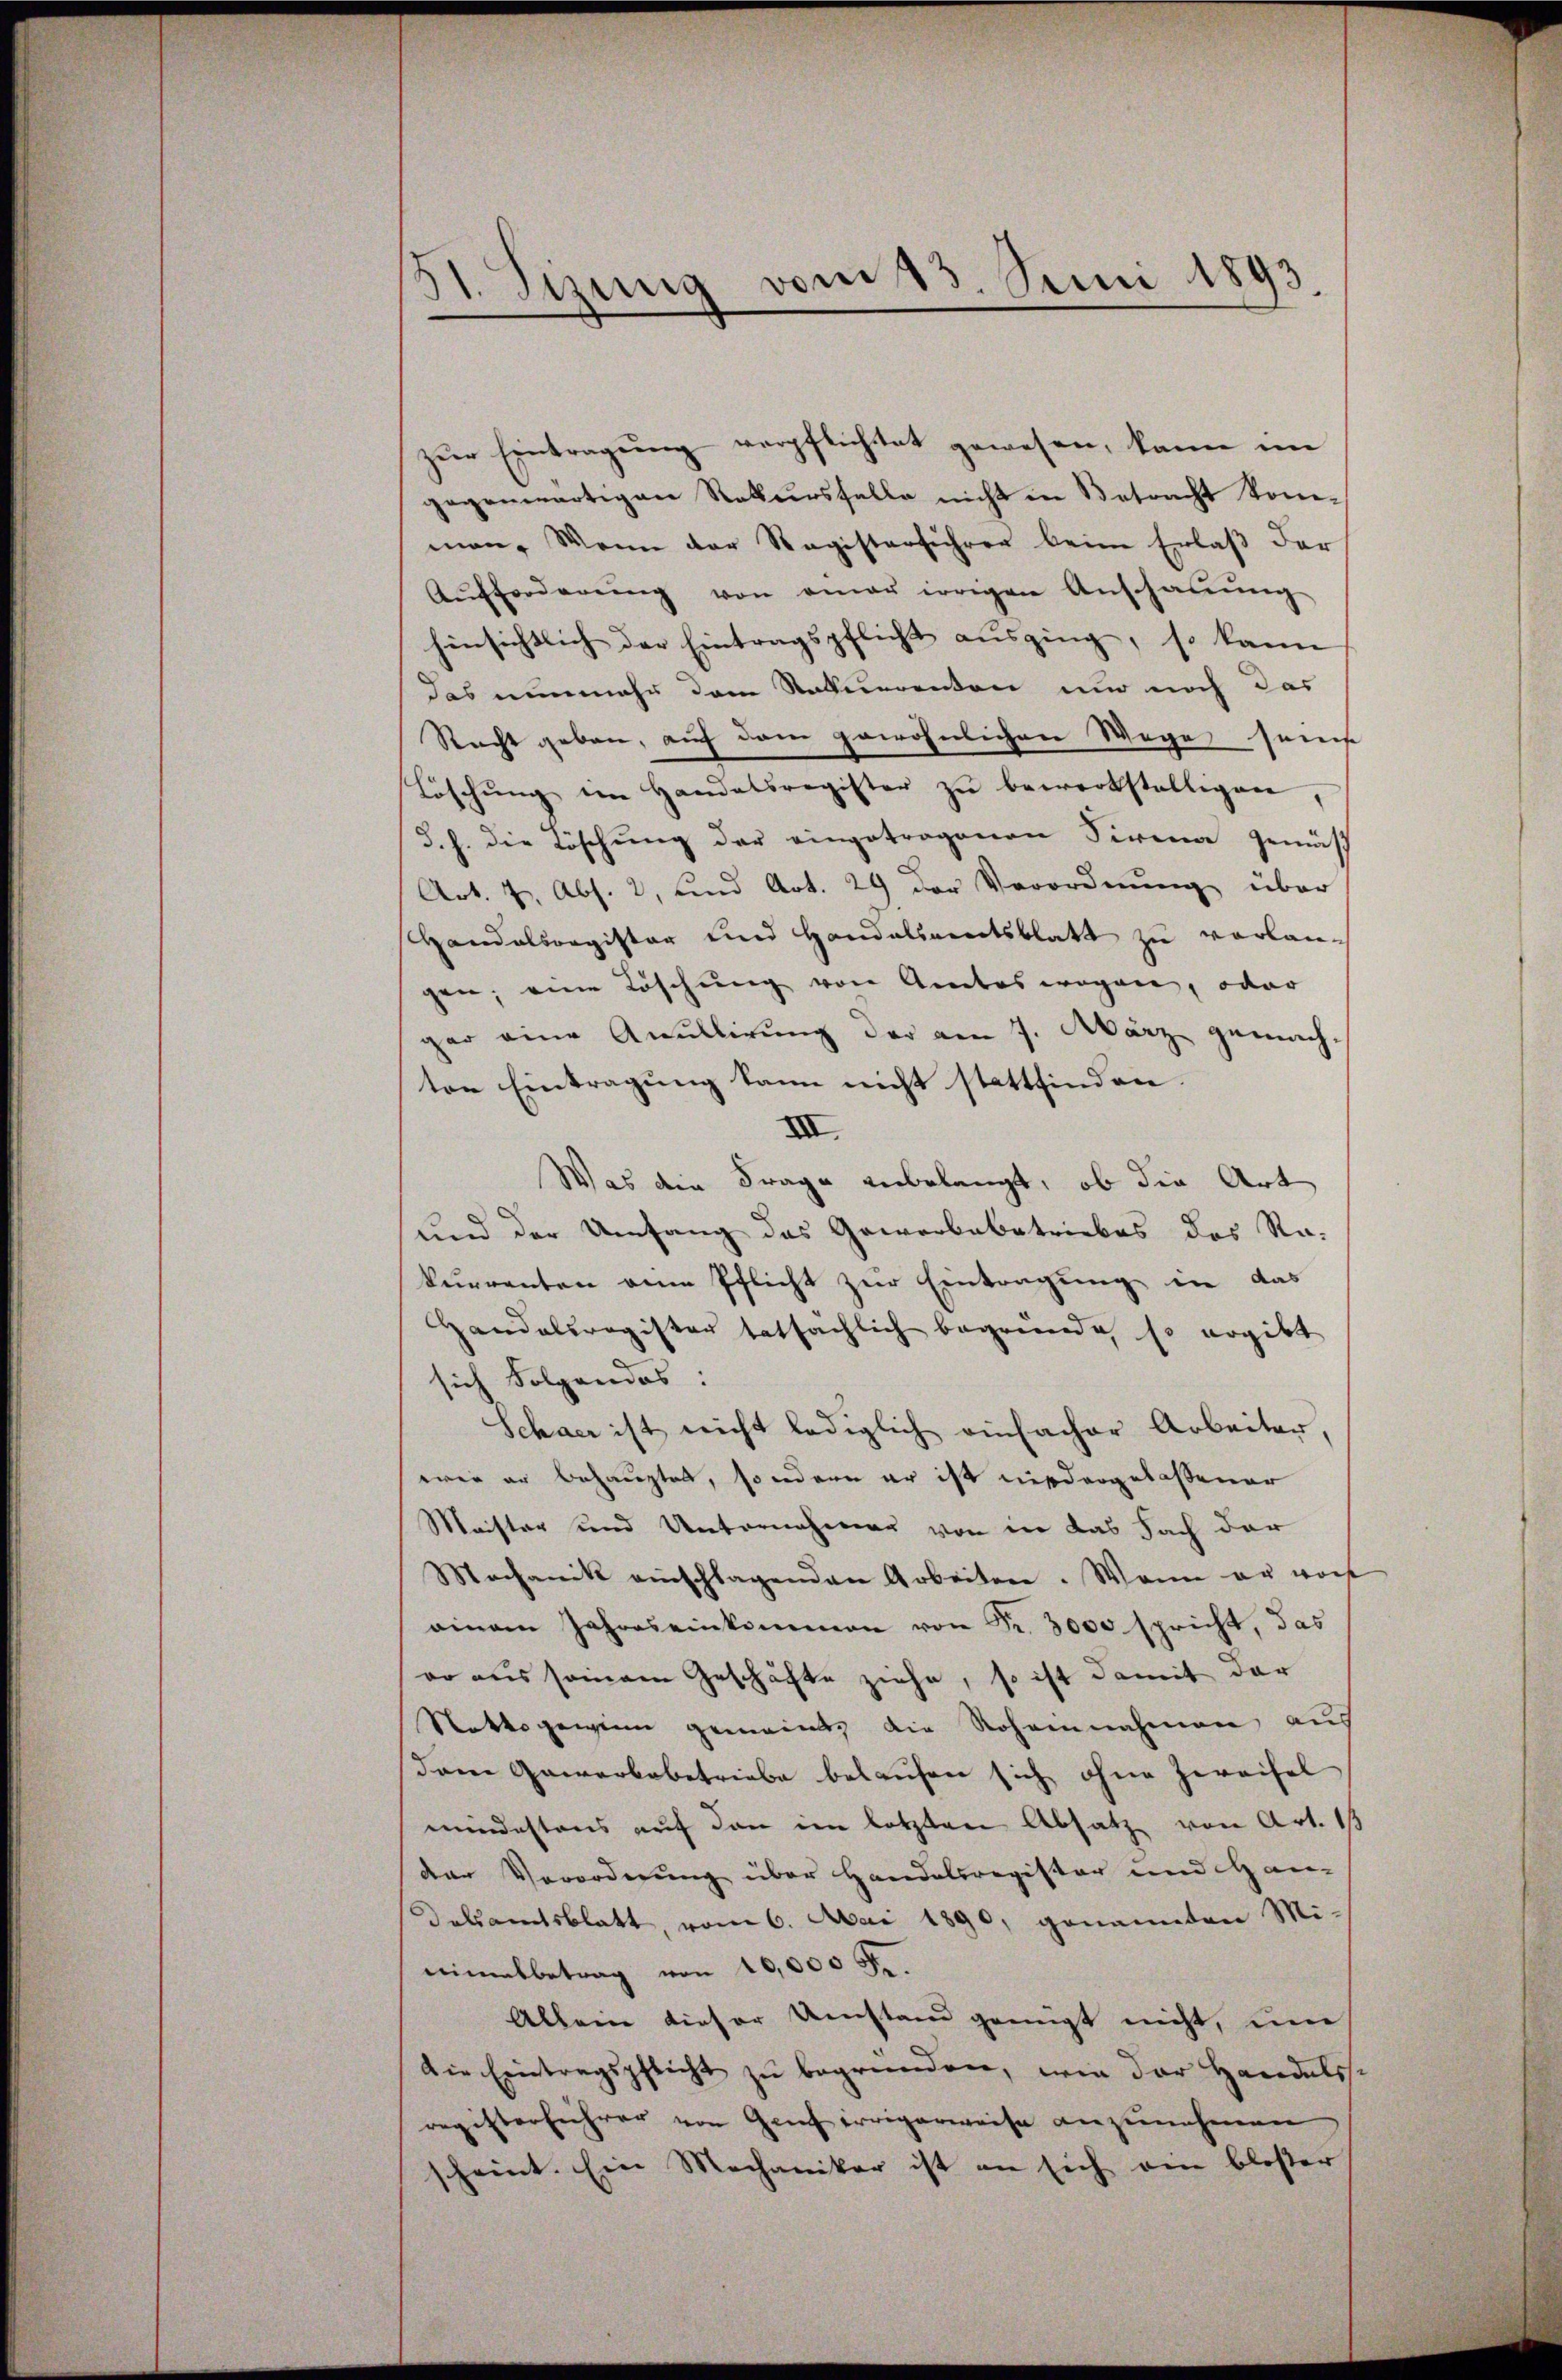
51. Sizung vom 23. Juni 1893.

zur Eintragung verpflichtet gewesen, kann im
gegenwärtigen Rekursfalle nicht in Betracht kon-
man. Wenn der Registerführer beim Erlaβ der
Aufforderŭng von einer irrigen Anschaŭŭng
hinsichtlich der Eintragspflicht ausging, so kann
das nunmehr dem Staturrenten nur noch das
Recht geben, auf dem gewöhnlichen Wege sein
Löschŭng im Handatsregister zŭ bewerkstelligen,
d. h. die Löschung der eingetragenen Firma gemäs
Art. 7, Abs. 2, und Art. 29 der Verordnung über
Handelsregister und Handelsamtsblatt zu verlangen; eine Löschung von Amtes wegen, oder
gar eine Anullirung der am 7. März gemach-
ten Eintragung kann nicht stattfinden
XII.
Was die Frage anbelangt, ob die Art
und der Umfang das Gewerbebetriebes des Rakurrenten ein Pflicht zur Eintragung in das
Handelsregister tatsächlich begründe, so ergibt
sich Folgendes:
Schaar ist nicht lediglich einfacher Arbeiter,
wie er behauptet, sondern er ist niedergelaßener
Maister und Unternehmen von in das Fach der
Mochanik einschlagenden Arbeiten. Wenn er woh
ainem Jahres einkommen von Fr. 3000 spricht, das
eo aus seinem Geschäfte ziehe, so ist damit der
Stattsgewinn gemeint, die Roheinnahmen, aus
dene Gewerbebetriebe belaufen sich ohne Zweifel
mindestens auf den im letzten Absatz von Art. 1
der Verordnung über Handelsregister und Han¬
Dalsamtsblatt, vom 6. Mai 1890, genannten Mi-
nimalbetrag von 10,000 Fr.
Allein dieser Umstand genügt nicht, um
Die Eintragspflicht zu begründen, wie der Handelss
registerführer von Genf errigerweise anzunehmen,
scheint. Ein Mechaniker ist an sich ein bloßer